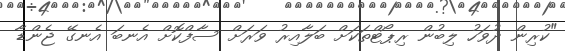
"ކުރިން ދުވަހު ލިބުން ރިޕޯޓްތަކަށް ބަލާއިރު ވަރަށް ސާފްކޮށް އެނބަ އެނގޭ ޖެންޑާ